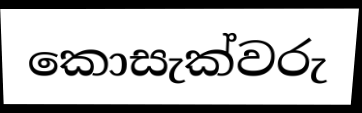
කොසැක්වරු